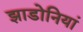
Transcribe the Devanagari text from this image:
झाडोनियां